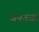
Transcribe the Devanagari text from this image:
जनउर्जा